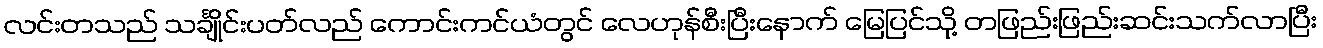
လင်းတသည် သင်္ချိုင်းပတ်လည် ကောင်းကင်ယံတွင် လေဟုန်စီးပြီးနောက် မြေပြင်သို့ တဖြည်းဖြည်းဆင်းသက်လာပြီး